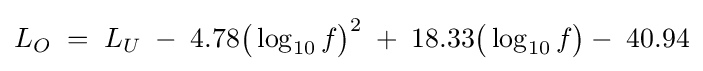
L_{O}\;=\;L_{U}\;-\;4.78{\big (}\log _{10}{f}{\big )}^{2}\;+\;18.33{\big (}\log _{10}{f}{\big )}-\;40.94